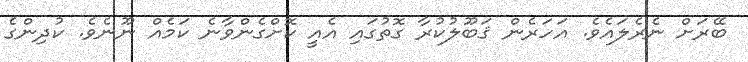
ބޭރަށް ނެރެލައެވެ. އަހަރެން ޤަބޫލުކުރާ ގޮތުގައި އެއީ ކޮށްގެންވާނެ ކަމެއް ނޫނެވެ. ކުދިންގެ